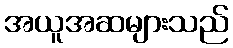
အယူအဆများသည်